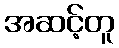
အဆင့်တူ